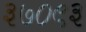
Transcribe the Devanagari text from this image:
३७०९३